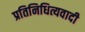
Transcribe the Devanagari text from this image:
प्रतिनिधित्यवादी